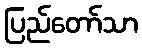
ပြည်တော်သာ